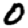
Digit: 0